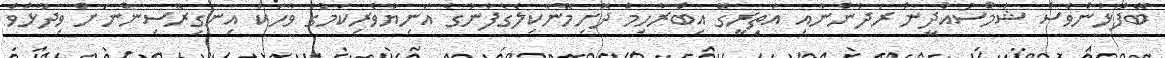
ބޭފުޅުންވެސް ޝަމްސުއްދީން ރަދުންނާއި އަތިރީގޭ އިބްރާހިމް ދޮށިމޭނާކިލެގެފާނުގެ އަނިޔާވެރިކަމުގެ ވާހަކަ އިނގިރޭސިންނަށް ވިދާޅުވެ